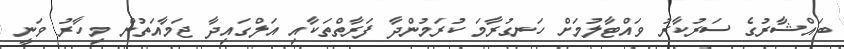
ބައްޝާރުގެ ސަރުކާރު ވައްޓާލުމަށް ހަނގުރާމަ ކުރަމުންދާ ފަރާތްތަކާއި އަލްގައިދާ ޖަމާއަތުން މިހާރު ވަނީ